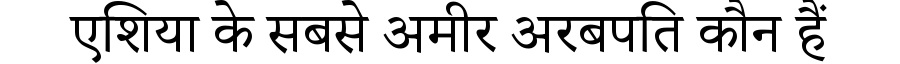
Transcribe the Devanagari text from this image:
एशिया के सबसे अमीर अरबपति कौन हैं